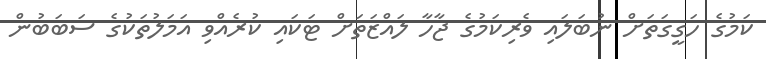
ކަމުގެ ހަގީގަތަށް ނުބަލައި ވެރިކަމުގެ ޖާހާ ލައްޒަތަށް ޓަކައި ކުރެއްވި އަމަލުތަކުގެ ސަބަބުން